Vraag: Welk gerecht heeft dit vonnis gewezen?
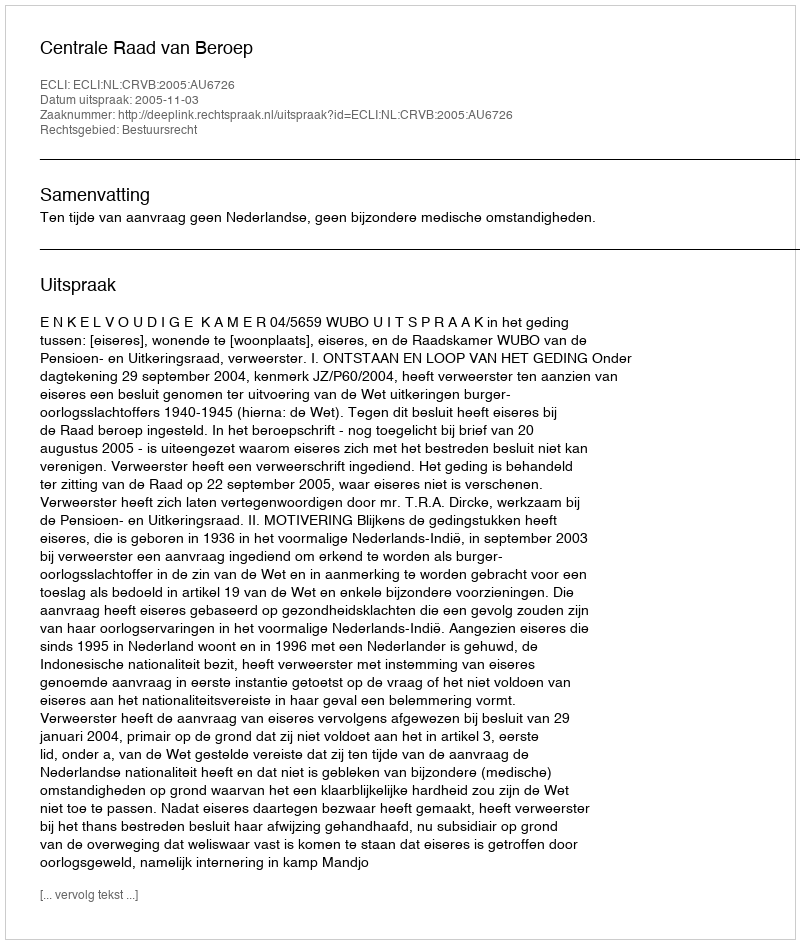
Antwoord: Centrale Raad van Beroep